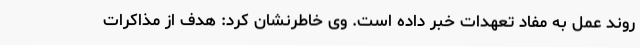
روند عمل به مفاد تعهدات خبر داده است. وی خاطرنشان کرد: هدف از مذاکرات